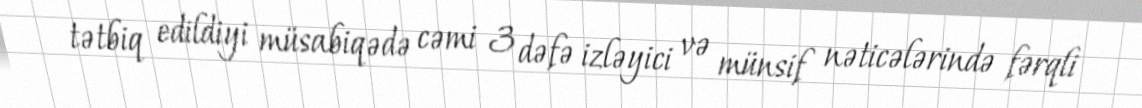
tətbiq edildiyi müsabiqədə cəmi 3 dəfə izləyici və münsif nəticələrində fərqli